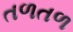
તળતળ